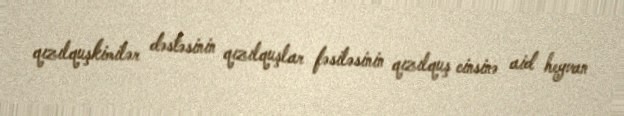
qızılquşkimilər dəstəsinin qızılquşlar fəsiləsinin qızılquş cinsinə aid heyvan